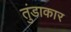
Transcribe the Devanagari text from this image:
तुंडाकार